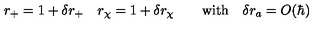
r _ { + } = 1 + \delta r _ { + } \quad r _ { \chi } = 1 + \delta r _ { \chi } \qquad \mathrm { w i t h } \quad \delta r _ { a } = O ( \hbar )